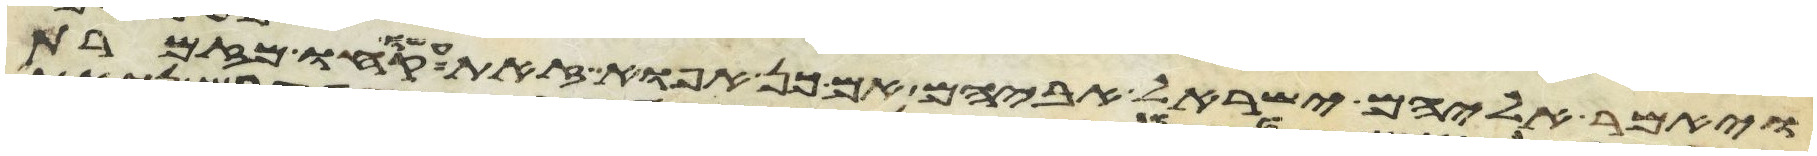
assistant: ויאמר אליהם ישראל אביהם אם כן אפוא זאת עשו קחו מזמרת